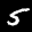
Label: 5